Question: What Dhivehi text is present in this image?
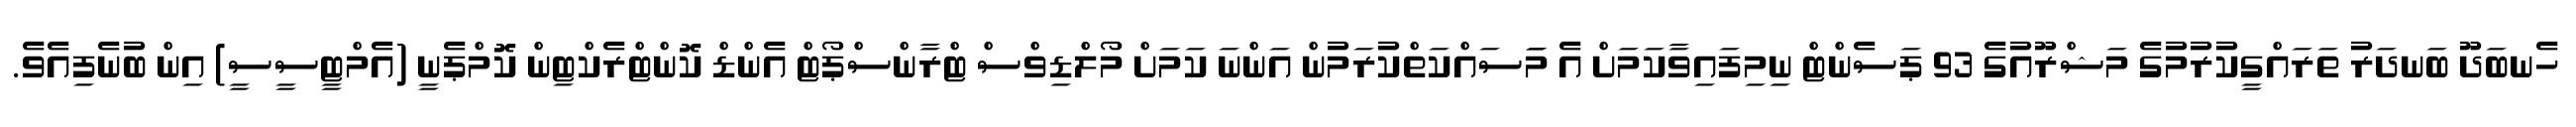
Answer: ހެނބަދޫ ބަނދަރު ތަރައްގީކުރުމުގެ މަޝްރޫއުގެ 93 ޕަސެންޓް ނިމިފައިވާކަމަށް އެ މަަސައްކަތްކުރަމުން އަންނަ ކަމަށް މޯލްޑިވްސް ޓްރާންސްޕޯޓް އެންޑް ކޮންޓްރެކްޓިން ކޮމްޕެނީ (އެމްޓީސީސީ) އިން ބުނެފިއެވެ.